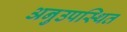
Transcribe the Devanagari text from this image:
अनुउपस्थित